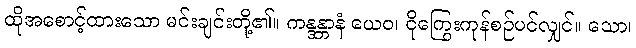
ထိုအစောင့်ထားသော မင်းချင်းတို့၏။ ကန္ဒန္တာနံ ယေဝ၊ ငိုကြွေးကုန်စဉ်ပင်လျှင်။ သော၊